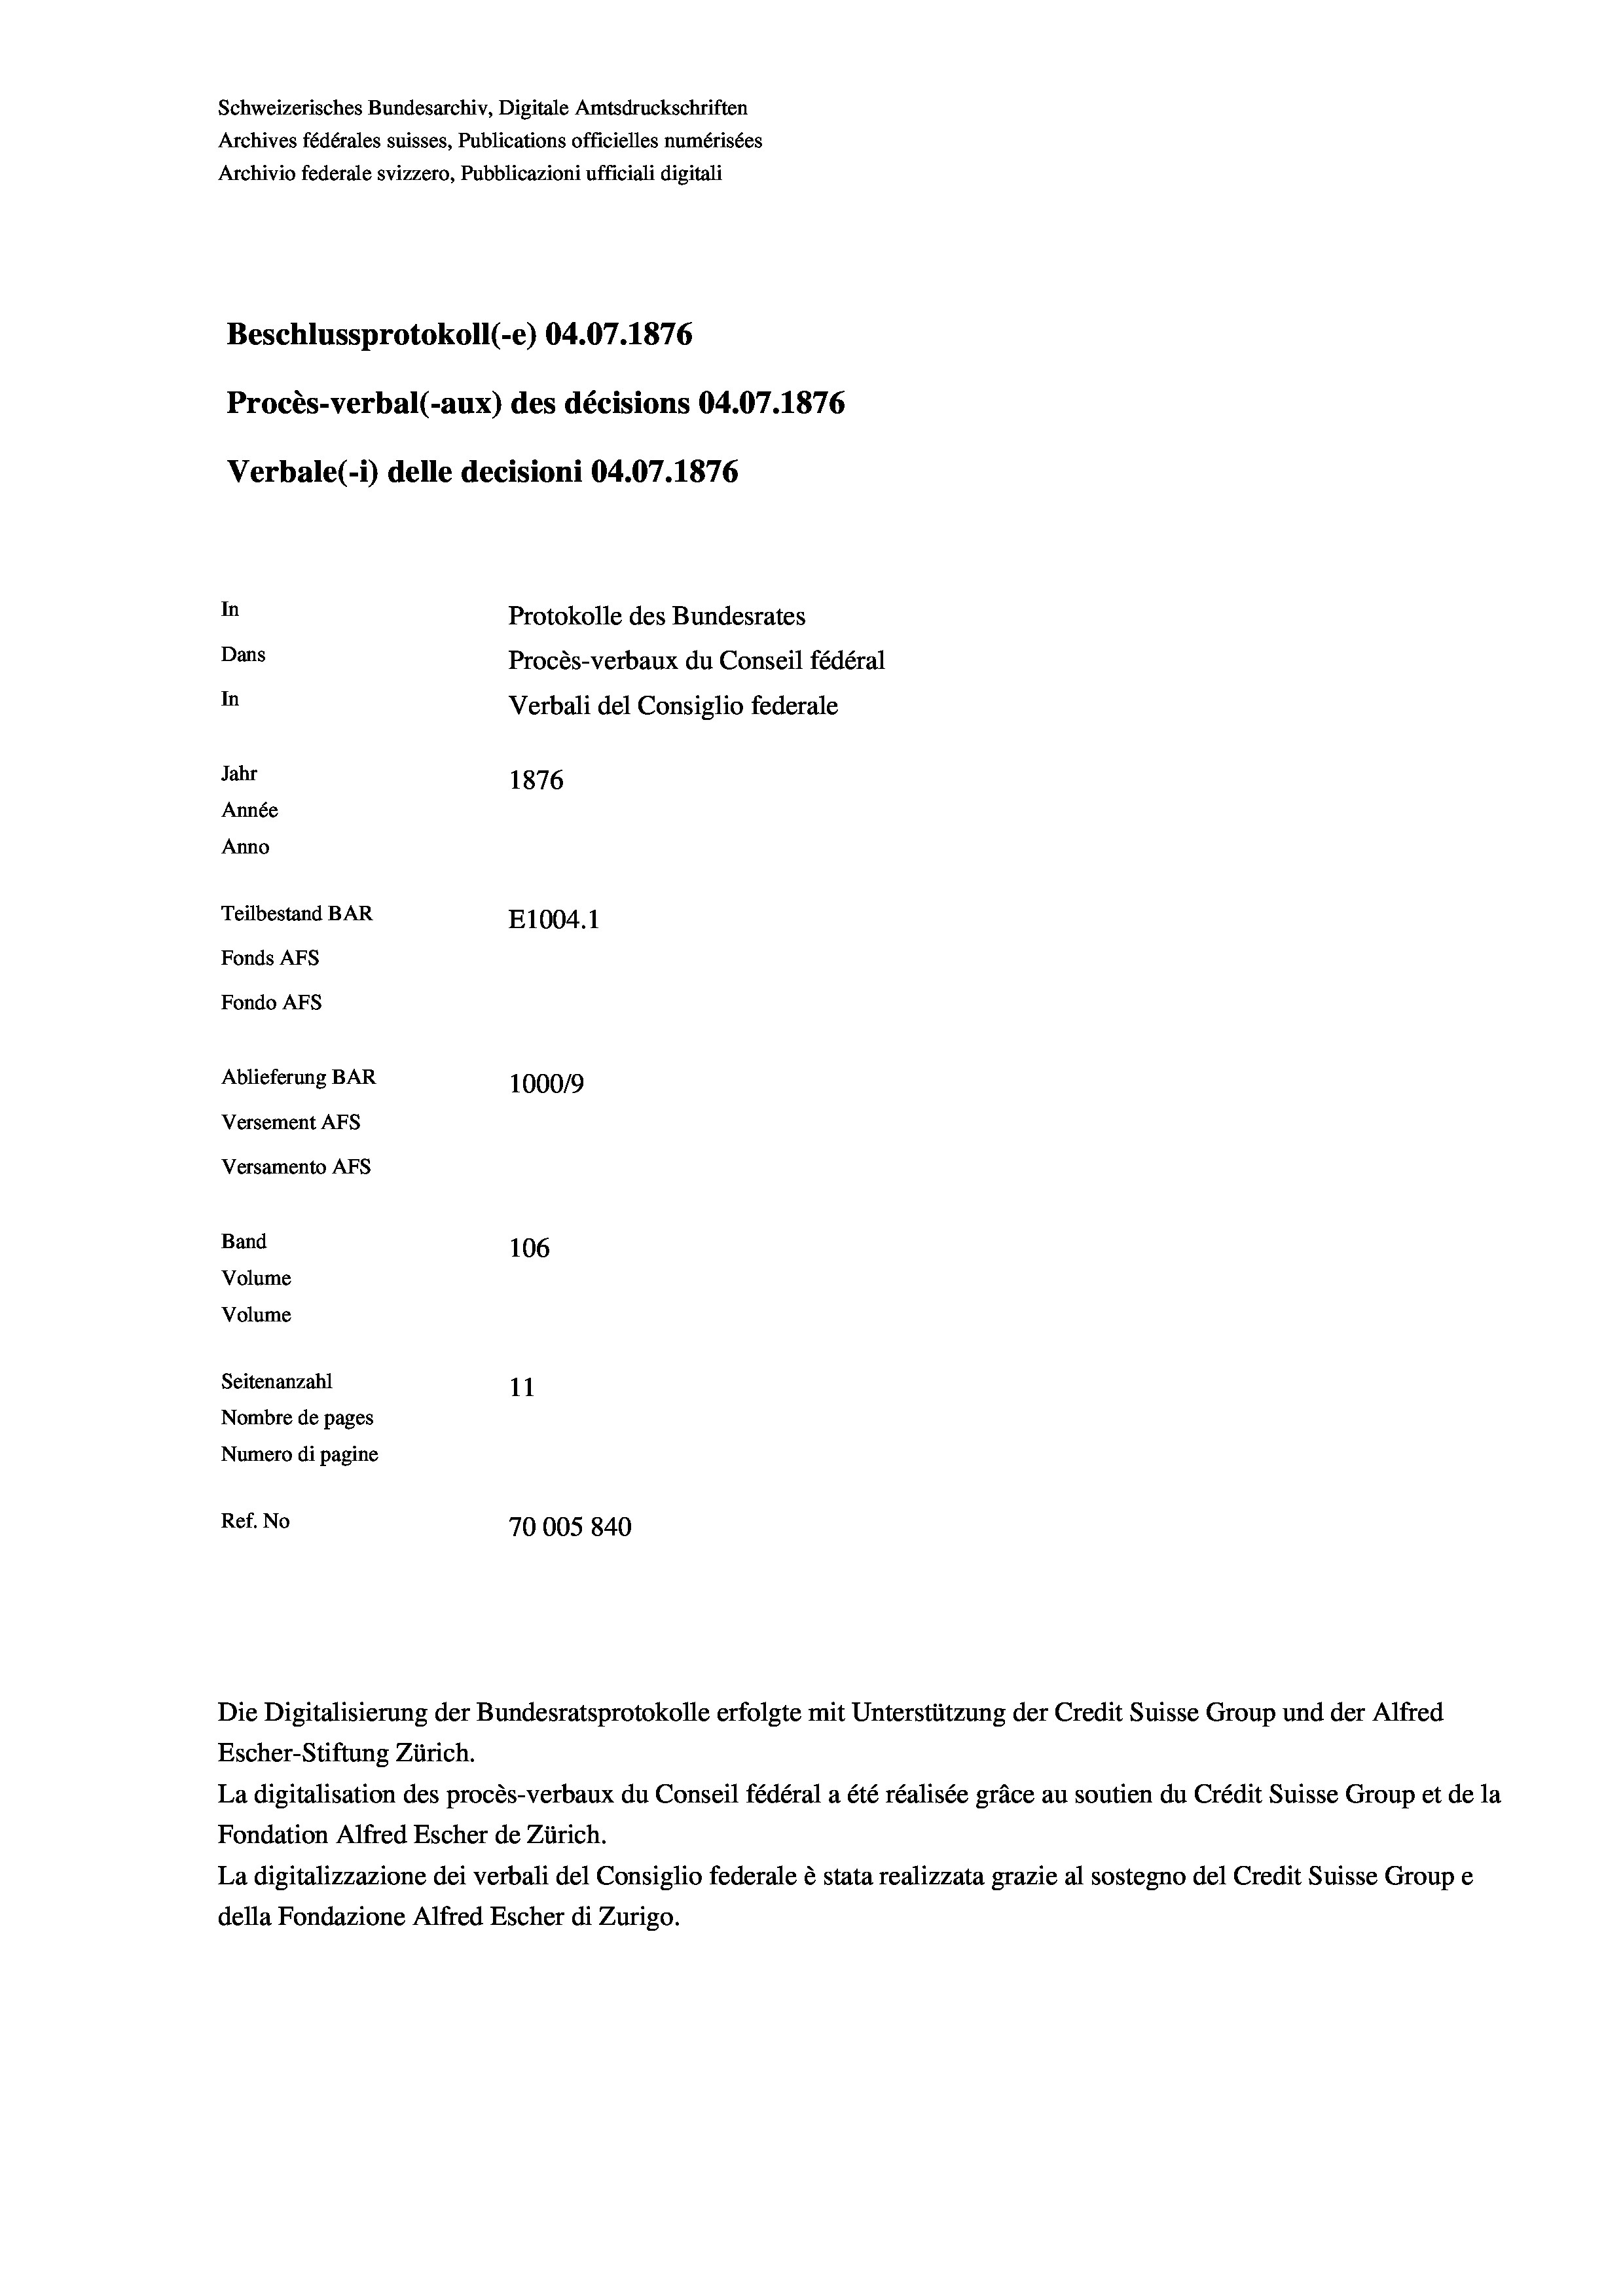
Schweizerisches Bundesarchiv, Digitale Amtsdruckschriften
Archives fédérales suisses, Publications officielles numérisées
Archivio federale svizzero, Pubblicazioni ufficiali digitali
Beschlussprotokoll (-e) 04.07. 1876
Procès-verbal (-aux) des décisions 04.07.1876
Verbale(1) delle decisioni 04.07. 1876
In
Protokolle des Bundesrates
Dans
Procès-verbaux du Conseil fédéral
In
Verbali del Consiglio federale
Jahr
1876
Année
Anno
Teilbestand BAR
E1004. 1
Fonds Afs
Fondo AFs
Ablieferung BAR
100019
Versement AFS
Versamento AFs
Band
106
Volume
Volume

Seitenanzahl
11
Nombre de pages
Numero di pagine
Ref. No
70005 840

Escher-Stiftung Zürich.
La digitalisation des procès-verbaux du Conseil fédéral a été réalisée gräce au soutien du Crédit Suisse Group et de la
Fondation Alfred Escher de Zürich.
La digitalizzazione dei verbali del Consiglio federale è stata realizzata grazie al sostegno del Credit Suisse Groupe
della Fondazione Alfred Escher di Zurigo.

Die Digitalisierung der Bundesratsprotokolle erfolgte mit Unterstützung der Credit Suisse Group und der Alfred